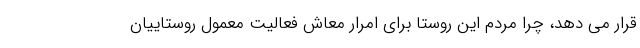
قرار می دهد، چرا مردم این روستا برای امرار معاش فعالیت معمول روستاییان